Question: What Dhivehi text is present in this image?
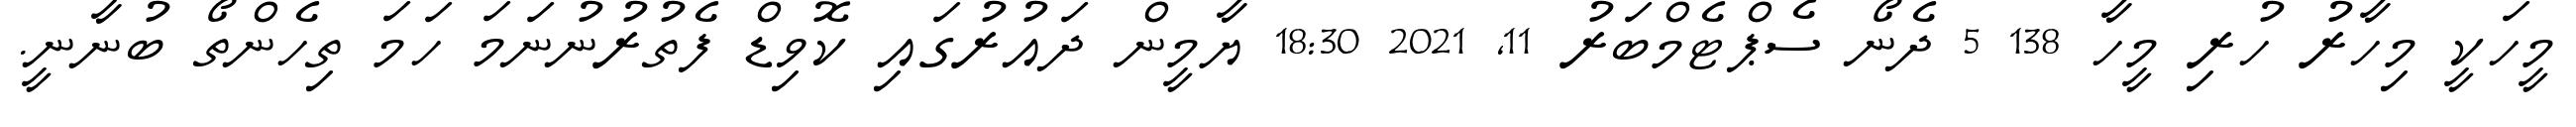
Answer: މީހަކީ މިހާރު ހުރި މީހާ 138 5 ދެނޯ ސެޕްޓެމްބަރު 11, 2021 18:30 ޔާމީން ދައުރުގައި ކޮވިޑް ފެތުރުނުނަމަ ހަމަ ތިހެންތޯ ބުނާނީ.